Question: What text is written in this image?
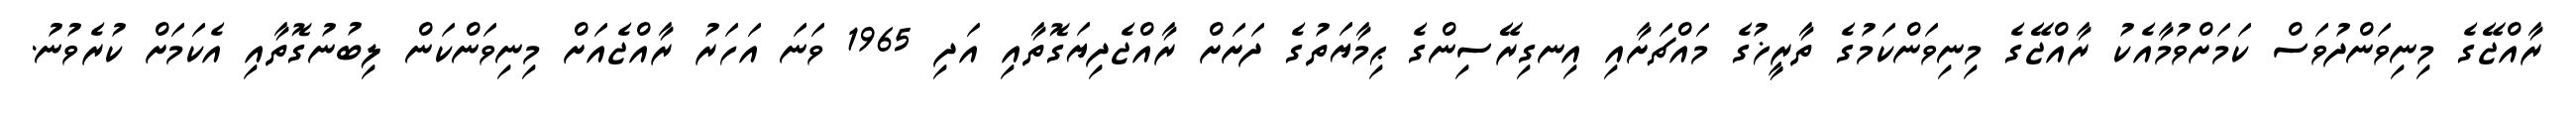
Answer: ރާއްޖޭގެ މިނިވަންދުވަސް ކަމަށްވުމާއެކު ރާއްޖޭގެ މިނިވަންކަމުގެ ތާރީޚުގެ މައްޗަށާއި އިނގިރޭސިންގެ ޙިމާޔަތުގެ ދަށަށް ރާއްޖެދިޔަގޮތާއި އަދި 1965 ވަނަ އަހަރު ރާއްޖެއަށް މިނިވަންކަން ލިބުނުގޮތާއި އެކަމަށް ކުރެވުނު.